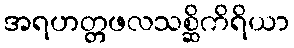
အရဟတ္တဖလသစ္ဆိကိရိယာ